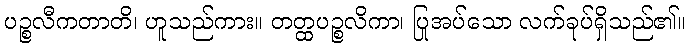
ပဉ္စလီကတာတိ၊ ဟူသည်ကား။ တတ္ထပဉ္စလိကာ၊ ပြုအပ်သော လက်ခုပ်ရှိသည်၏။